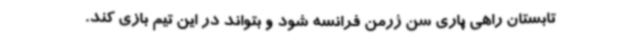
تابستان راهی پاری سن ژرمن فرانسه شود و بتواند در این تیم بازی کند.